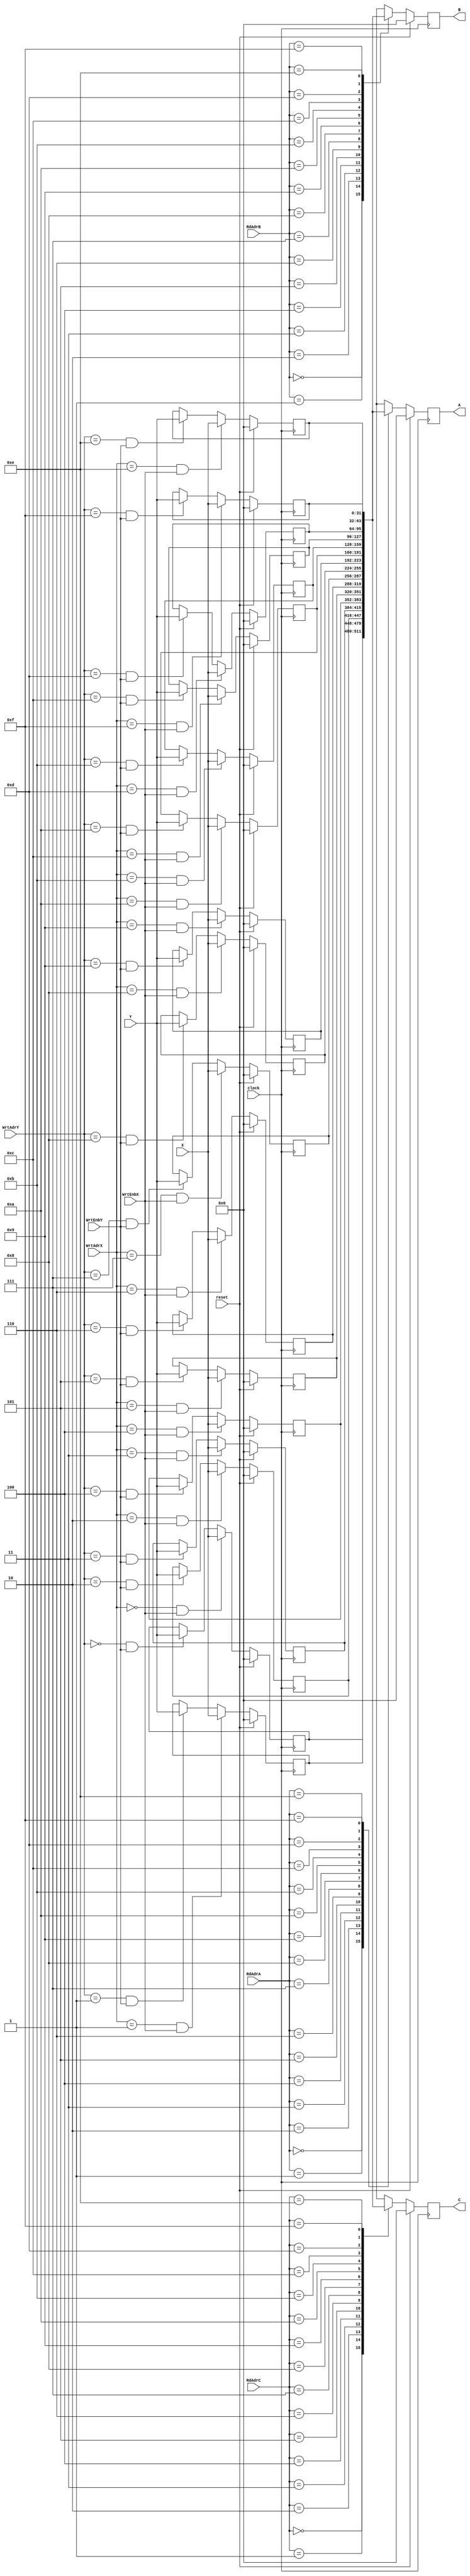
// Description: General Purpose Registers
//
module GeneralPurposeRegisters(A,B,C,RdAdrA,RdAdrB,RdAdrC,
                               WrtAdrX,WrtEnbX,WrtAdrY,WrtEnbY,X,Y,clock,reset);


  output [31:0]     A, B, C;                // A-reg, B-reg, & C-reg outputs

  input  [3:0]      RdAdrA, RdAdrB, RdAdrC; // Read Addresses
  input  [3:0]      WrtAdrX, WrtAdrY;       // Write Address
  input             WrtEnbX, WrtEnbY;       // Write Enables
  input  [31:0]     X, Y;                   // Data Input
  input             clock;
  input             reset;

  wire [31:0]       regIn0, regIn1, regIn2, regIn3;
  wire [31:0]       regIn4, regIn5, regIn6, regIn7;
  wire [31:0]       regIn8, regIn9, regInA, regInB;
  wire [31:0]       regInC, regInD, regInE, regInF;
  wire [31:0]       Data_A, Data_B, Data_C;

  reg  [31:0]       GPR0_reg, GPR1_reg, GPR2_reg, GPR3_reg;
  reg  [31:0]       GPR4_reg, GPR5_reg, GPR6_reg, GPR7_reg;
  reg  [31:0]       GPR8_reg, GPR9_reg, GPRA_reg, GPRB_reg;
  reg  [31:0]       GPRC_reg, GPRD_reg, GPRE_reg, GPRF_reg;
  reg  [31:0]       A_reg, B_reg, C_reg;

  // Write GPRs decode
  //
  assign regIn0 = GPRdecode(WrtAdrX,WrtEnbX,WrtAdrY,WrtEnbY,X,Y,GPR0_reg,4'h0);
  assign regIn1 = GPRdecode(WrtAdrX,WrtEnbX,WrtAdrY,WrtEnbY,X,Y,GPR1_reg,4'h1);
  assign regIn2 = GPRdecode(WrtAdrX,WrtEnbX,WrtAdrY,WrtEnbY,X,Y,GPR2_reg,4'h2);
  assign regIn3 = GPRdecode(WrtAdrX,WrtEnbX,WrtAdrY,WrtEnbY,X,Y,GPR3_reg,4'h3);
  assign regIn4 = GPRdecode(WrtAdrX,WrtEnbX,WrtAdrY,WrtEnbY,X,Y,GPR4_reg,4'h4);
  assign regIn5 = GPRdecode(WrtAdrX,WrtEnbX,WrtAdrY,WrtEnbY,X,Y,GPR5_reg,4'h5);
  assign regIn6 = GPRdecode(WrtAdrX,WrtEnbX,WrtAdrY,WrtEnbY,X,Y,GPR6_reg,4'h6);
  assign regIn7 = GPRdecode(WrtAdrX,WrtEnbX,WrtAdrY,WrtEnbY,X,Y,GPR7_reg,4'h7);
  assign regIn8 = GPRdecode(WrtAdrX,WrtEnbX,WrtAdrY,WrtEnbY,X,Y,GPR8_reg,4'h8);
  assign regIn9 = GPRdecode(WrtAdrX,WrtEnbX,WrtAdrY,WrtEnbY,X,Y,GPR9_reg,4'h9);
  assign regInA = GPRdecode(WrtAdrX,WrtEnbX,WrtAdrY,WrtEnbY,X,Y,GPRA_reg,4'hA);
  assign regInB = GPRdecode(WrtAdrX,WrtEnbX,WrtAdrY,WrtEnbY,X,Y,GPRB_reg,4'hB);
  assign regInC = GPRdecode(WrtAdrX,WrtEnbX,WrtAdrY,WrtEnbY,X,Y,GPRC_reg,4'hC);
  assign regInD = GPRdecode(WrtAdrX,WrtEnbX,WrtAdrY,WrtEnbY,X,Y,GPRD_reg,4'hD);
  assign regInE = GPRdecode(WrtAdrX,WrtEnbX,WrtAdrY,WrtEnbY,X,Y,GPRE_reg,4'hE);
  assign regInF = GPRdecode(WrtAdrX,WrtEnbX,WrtAdrY,WrtEnbY,X,Y,GPRF_reg,4'hF);

  // Read GPRs selection
  //
  assign Data_A=Select16(RdAdrA,GPR0_reg,GPR1_reg,GPR2_reg,GPR3_reg,
                                GPR4_reg,GPR5_reg,GPR6_reg,GPR7_reg,
                                GPR8_reg,GPR9_reg,GPRA_reg,GPRB_reg,
                                GPRC_reg,GPRD_reg,GPRE_reg,GPRF_reg);
  assign Data_B=Select16(RdAdrB,GPR0_reg,GPR1_reg,GPR2_reg,GPR3_reg,
                                GPR4_reg,GPR5_reg,GPR6_reg,GPR7_reg,
                                GPR8_reg,GPR9_reg,GPRA_reg,GPRB_reg,
                                GPRC_reg,GPRD_reg,GPRE_reg,GPRF_reg);
  assign Data_C=Select16(RdAdrC,GPR0_reg,GPR1_reg,GPR2_reg,GPR3_reg,
                                GPR4_reg,GPR5_reg,GPR6_reg,GPR7_reg,
                                GPR8_reg,GPR9_reg,GPRA_reg,GPRB_reg,
                                GPRC_reg,GPRD_reg,GPRE_reg,GPRF_reg);

  // Drive the A, B & C registers to the module outputs
  // 
  assign A = A_reg;
  assign B = B_reg;
  assign C = C_reg;

  // CLOCKED:  Load GPR Registers and A, B & C Registers
  //
 
  // synopsys sync_set_reset "reset"
  always @ (posedge clock)
    begin
      if (reset)
        begin
        GPR0_reg = 32'h00000000; GPR1_reg = 32'h00000000;
        GPR2_reg = 32'h00000000; GPR3_reg = 32'h00000000;
        GPR4_reg = 32'h00000000; GPR5_reg = 32'h00000000;
        GPR6_reg = 32'h00000000; GPR7_reg = 32'h00000000;
        GPR8_reg = 32'h00000000; GPR9_reg = 32'h00000000;
        GPRA_reg = 32'h00000000; GPRB_reg = 32'h00000000;
        GPRC_reg = 32'h00000000; GPRD_reg = 32'h00000000;
        GPRE_reg = 32'h00000000; GPRF_reg = 32'h00000000;
        A_reg = 32'h00000000;
        B_reg = 32'h00000000;
        C_reg = 32'h00000000;
        end
      else
        begin
        GPR0_reg = regIn0; GPR1_reg = regIn1;
        GPR2_reg = regIn2; GPR3_reg = regIn3;
        GPR4_reg = regIn4; GPR5_reg = regIn5;
        GPR6_reg = regIn6; GPR7_reg = regIn7;
        GPR8_reg = regIn8; GPR9_reg = regIn9;
        GPRA_reg = regInA; GPRB_reg = regInB;
        GPRC_reg = regInC; GPRD_reg = regInD;
        GPRE_reg = regInE; GPRF_reg = regInF;
        A_reg = Data_A;
        B_reg = Data_B;
        C_reg = Data_C;
        end
    end

  // FUNCTION: Select16 - Generate Data in for GPRs
  //
  function [31:0] Select16;
    input [3:0]  sel;
    input [31:0] d0,d1,d2,d3,d4,d5,d6,d7;
    input [31:0] d8,d9,da,db,dc,dd,de,df;
    case(sel)
      4'h0: Select16=d0;
      4'h1: Select16=d1;
      4'h2: Select16=d2;
      4'h3: Select16=d3;
      4'h4: Select16=d4;
      4'h5: Select16=d5;
      4'h6: Select16=d6;
      4'h7: Select16=d7;
      4'h8: Select16=d8;
      4'h9: Select16=d9;
      4'hA: Select16=da;
      4'hB: Select16=db;
      4'hC: Select16=dc;
      4'hD: Select16=dd;
      4'hE: Select16=de;
      4'hF: Select16=df;
    endcase
  endfunction

  // FUNCTION: GPR Decode - Generate Data in for GPRs
  //
  function [31:0] GPRdecode;
    input [3:0] xaddr;
    input       xenb;
    input [3:0] yaddr;
    input       yenb;
    input [31:0] x;
    input [31:0] y;
    input [31:0] hold;
    input [3:0] gpr;

    if ( (xaddr[3:0] == gpr[3:0]) && (xenb == 1'b1) )
       GPRdecode = x;
    else if ( (yaddr[3:0] == gpr[3:0]) && (yenb == 1'b1) )
       GPRdecode = y;
    else
       GPRdecode = hold;
  endfunction
/* testing only
  always #10 $display ($time,,, "  GPR : X=%h, Adr=%h, E=%b",X,WrtAdrX,WrtEnbX);
  always #10 $display ($time,,, "  GPR : Y=%h, Adr=%h, E=%b",Y,WrtAdrY,WrtEnbY);
  always #10 $display ($time,,, "  GPR : RdA=%h, RdB=%h, RdC=%h",RdAdrA,RdAdrB,RdAdrC);
  always #10 $display ($time,,, "  GPR : in0=%h GPR0=%h",regIn0,GPR0_reg);
  always #10 $display ($time,,, "  GPR : in1=%h GPR1=%h",regIn1,GPR1_reg);
  always #10 $display ($time,,, "  GPR : in2=%h GPR2=%h",regIn2,GPR2_reg);
  always #10 $display ($time,,, "  GPR : in3=%h GPR3=%h",regIn3,GPR3_reg);
  always #10 $display ($time,,, "  GPR : da=%h A=%h",Data_A,A_reg);
  always #10 $display ($time,,, "  GPR : db=%h B=%h",Data_B,B_reg);
  always #10 $display ($time,,, "  GPR : dc=%h C=%h",Data_C,C_reg);
*/
endmodule